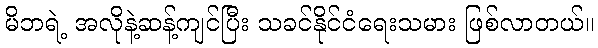
မိဘရဲ့ အလိုနဲ့ဆန့်ကျင်ပြီး သခင်နိုင်ငံရေးသမား ဖြစ်လာတယ်။